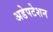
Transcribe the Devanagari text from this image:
अडेपटेशन